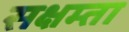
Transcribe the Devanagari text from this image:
सक्षम्ता